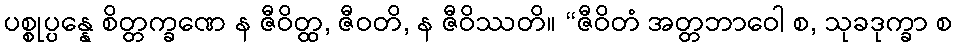
ပစ္စုပ္ပန္နေ စိတ္တက္ခဏေ န ဇီဝိတ္ထ, ဇီဝတိ, န ဇီဝိဿတိ။ “ဇီဝိတံ အတ္တဘာဝေါ စ, သုခဒုက္ခာ စ